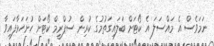
ނަމަވެސް އެ މައްސަލަ އެ ކޯޓަށް ބަލައިގަތުމުގެ ކުރިން ސުޕްރީމް ކޯޓަށް ހުށަހަޅާފައިވާ